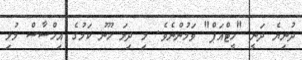
ދުނިޔެ ދަނީ "ހީޓްއަަޕް" ވަމުންނެވެ. މި ދިލަ ހޫނު ކަމުގެ އިހްސާސް މުޅި